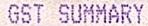
GST SUMMARY